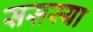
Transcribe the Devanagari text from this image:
ससस्या